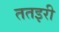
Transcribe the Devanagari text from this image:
ततइरी